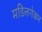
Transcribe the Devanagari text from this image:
मडिलगेकर